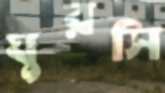
ঘুরসি